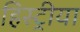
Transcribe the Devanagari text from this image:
हिस्ट्रीया